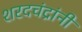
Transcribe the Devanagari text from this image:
शरदचंद्रांनी